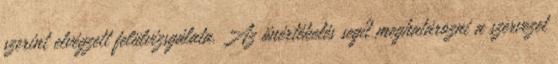
szerint elvégzett felülvizsgálata. Az önértékelés segít meghatározni a szervezet